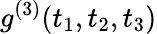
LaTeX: g^{(3)}(t_{1},t_{2},t_{3})